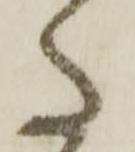
た